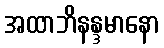
အထာဘိနန္ဒမာနော